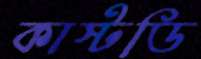
কাস্টডি